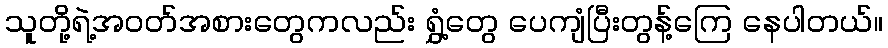
သူတို့ရဲ့အဝတ်အစားတွေကလည်း ရွှံ့တွေ ပေကျံပြီးတွန့်ကြေ နေပါတယ်။